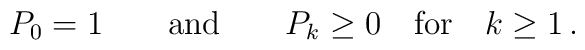
P_0=1 \qquad {\rm and} \qquad P_k \geq 0 \quad      {\rm for} \quad k \geq 1 \,.